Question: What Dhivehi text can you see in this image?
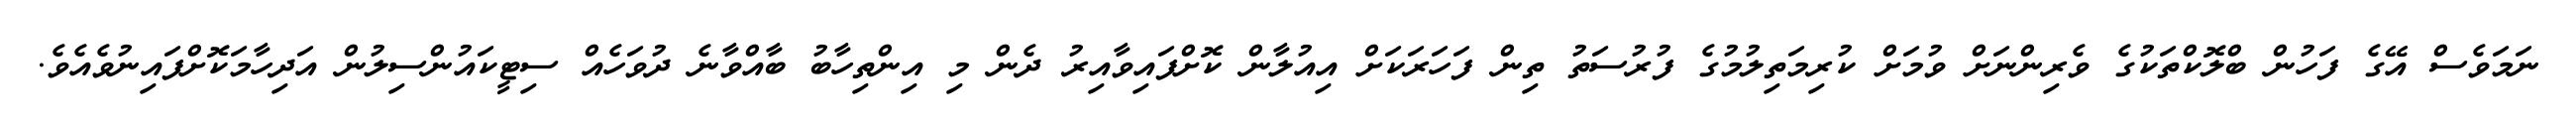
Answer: ނަމަވެސް އޭގެ ފަހުން ބްލޮކްތަކުގެ ވެރިންނަށް ވުމަށް ކުރިމަތިލުމުގެ ފުރުސަތު ތިން ފަހަރަކަށް އިއުލާން ކޮށްފައިވާއިރު ދެން މި އިންތިހާބު ބާއްވާނެ ދުވަހެއް ސިޓީކައުންސިލުން އަދިހާމަކޮށްފައިނުވެއެވެ.